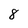
Character: 8